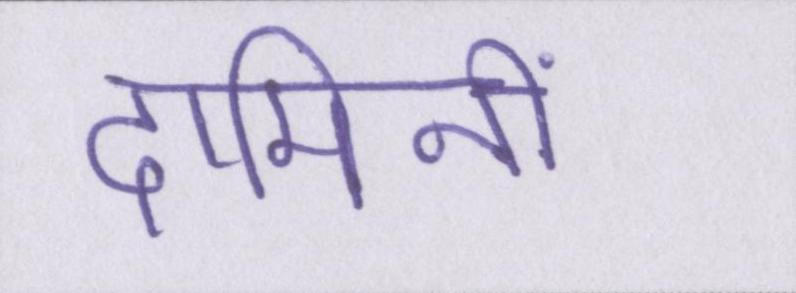
दामिनी